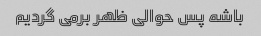
باشه پس حوالی ظهر برمی گردیم